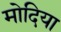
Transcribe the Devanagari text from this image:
मोदिया